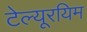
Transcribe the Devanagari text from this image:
टेल्यूरयिम